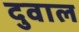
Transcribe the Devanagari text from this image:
दुवाल